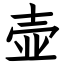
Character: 壶